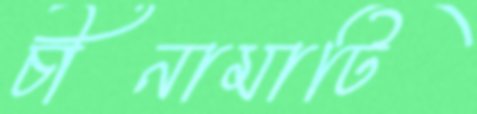
চীনামাটি